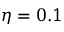
\eta = 0 . 1